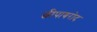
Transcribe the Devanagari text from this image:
छीपाबरोद